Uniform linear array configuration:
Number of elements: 32
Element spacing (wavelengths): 0.25
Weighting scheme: hamming
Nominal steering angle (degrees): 60
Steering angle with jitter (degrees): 60.846
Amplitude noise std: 0.05
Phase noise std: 0.05

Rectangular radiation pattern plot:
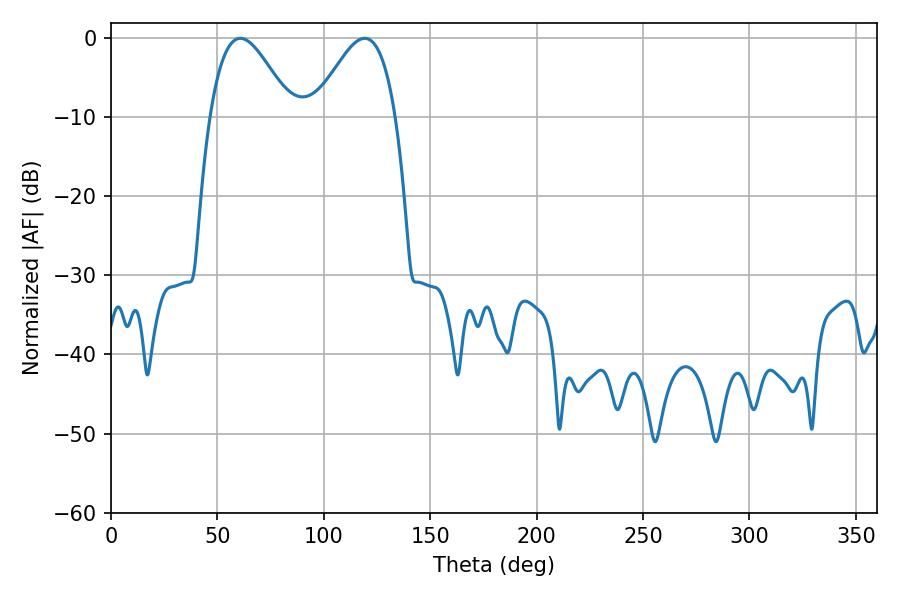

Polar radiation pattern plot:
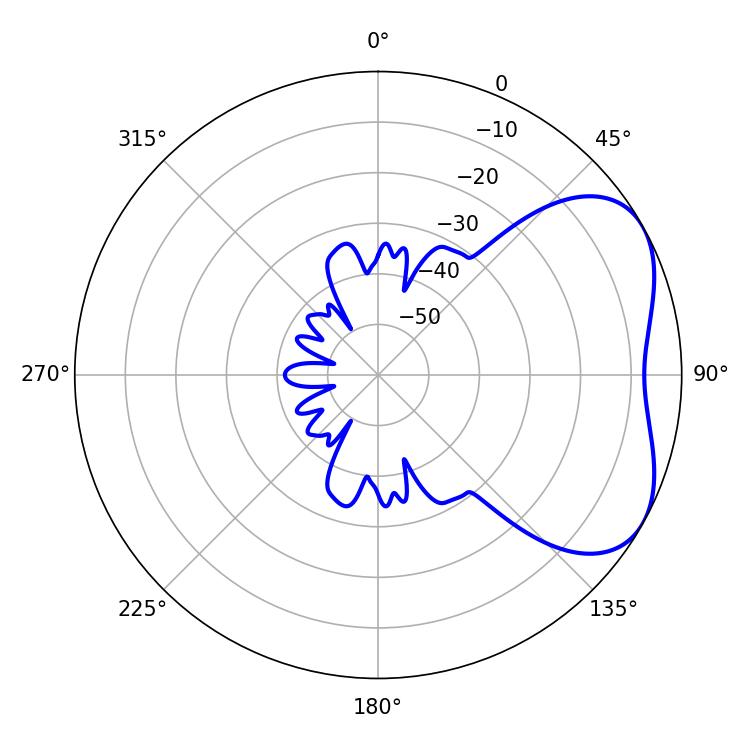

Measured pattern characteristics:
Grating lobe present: FALSE
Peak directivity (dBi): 4.432
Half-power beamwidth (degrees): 20.52
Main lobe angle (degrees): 60.84